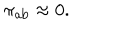
LaTeX: \pi _ { \mathrm { a b } } \approx 0 .